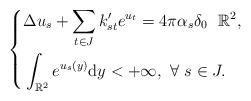
LaTeX: \begin{align*}\left\{\begin{aligned}&\Delta u_{s}+\sum\limits_{t\in J}k_{st}^{\prime}e^{u_t}=4\pi\alpha_s\delta_0 \ \ \mathbb{R}^2,\\&\int_{\mathbb{R}^2}e^{u_s(y)}\mathrm{d}y<+\infty, \ \forall \ s\in J.\end{aligned}\right.\end{align*}